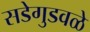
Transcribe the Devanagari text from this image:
सडेगुडवळे